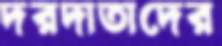
দরদাতাদের